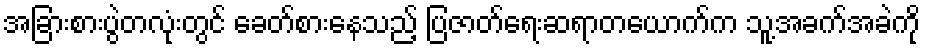
အခြားစားပွဲတလုံးတွင် ခေတ်စားနေသည့် ပြဇာတ်ရေးဆရာတယောက်က သူ့အခက်အခဲကို